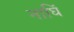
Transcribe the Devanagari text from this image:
नाघिं